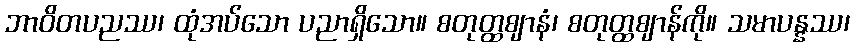
ဘာဝိတပညဿ၊ ထုံအပ်သော ပညာရှိသော။ စတုတ္ထဈာနံ၊ စတုတ္ထဈာန်ကို။ သမာပန္နဿ၊